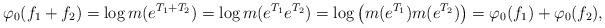
LaTeX: \begin{align*}\varphi_0(f_1+f_2)=\log m(e^{T_1+T_2})=\log m(e^{T_1}e^{T_2})=\log\big(m(e^{T_1})m(e^{T_2})\big)=\varphi_0(f_1)+\varphi_0(f_2),\end{align*}